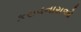
કરાવનારાઓ